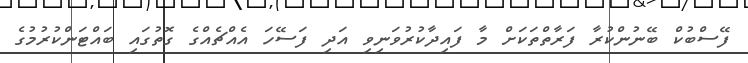
ފޭސްބުކް ބޭނުންކުރާ ފަރާތްތަކަށް މާ ފައިދާކުރުވަނިވި އަދި ފަސޭހަ އެއްޗެއްގެ ގޮތުގައި ބައްޓަންކުރުމުގެ